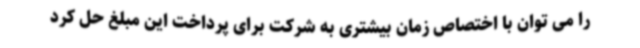
را می توان با اختصاص زمان بیشتری به شرکت برای پرداخت این مبلغ حل کرد